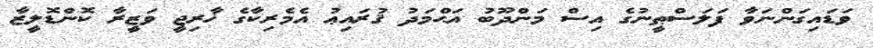
ވަޑައިގަންނަވާ ފަލަސްޠީނުގެ އިސް މަންދޫބު އަޙްމަދު ޤުރައިޢު އެމެރިކާގެ ޚާރިޖީ ވަޒީރާ ކޮންޑޮލީޒާ